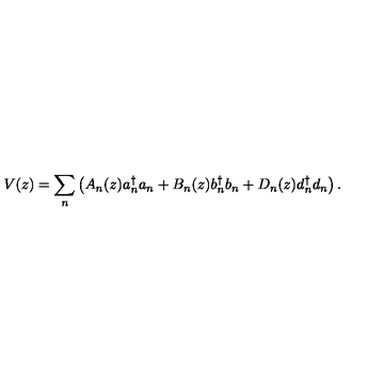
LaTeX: V ( z ) = { \sum _ { n } } \left( A _ { n } ( z ) a { _ n ^ { \dagger } } a _ { n } + B _ { n } ( z ) b { _ n ^ { \dagger } } b _ { n } + D _ { n } ( z ) d { _ n ^ { \dagger } } d _ { n } \right) .